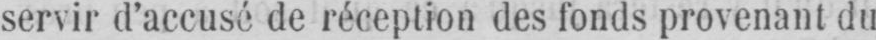
servir d’accusé de réception des fonds provenant du